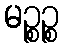
မဉ္စဉ္စ